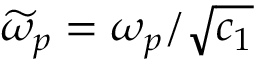
\widetilde { \omega } _ { p } = \omega _ { p } / \sqrt { c _ { 1 } }